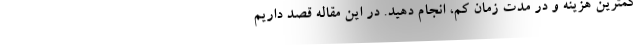
کمترین هزینه و در مدت زمان کم، انجام دهید. در این مقاله قصد داریم